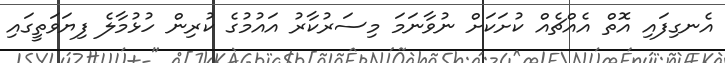
އެނގިފައި އޮތް އެއްޗެެއް ކުށަކަށް ނުވާނަމަ މިސަރުކާރު އައުމުގެ ކުރިން ހުޅުމާލެ ފިޔަވަތީގައި